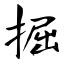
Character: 掘